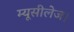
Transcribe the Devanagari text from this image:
म्यूसीलेज।